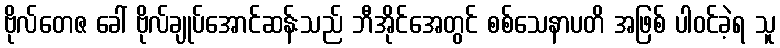
ဗိုလ်တေဇ ခေါ် ဗိုလ်ချုပ်အောင်ဆန်းသည် ဘီအိုင်အေတွင် စစ်သေနာပတိ အဖြစ် ပါဝင်ခဲ့ရ သူ